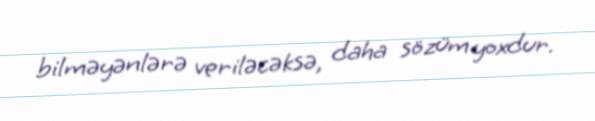
bilməyənlərə veriləcəksə, daha sözüm yoxdur.